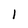
Character: l